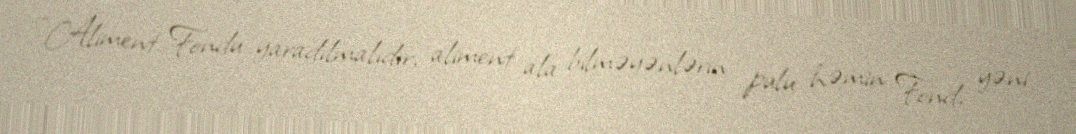
“Aliment Fondu yaradılmalıdır, aliment ala bilməyənlərin pulu həmin Fond, yəni